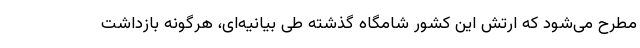
مطرح می‌شود که ارتش این کشور شامگاه گذشته طی بیانیه‌ای، هرگونه بازداشت